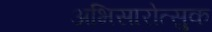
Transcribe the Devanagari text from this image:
अभिसारोत्सुक